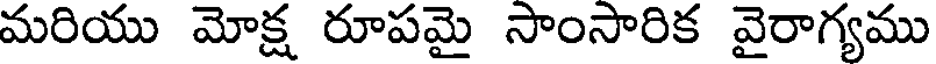
మరియు మోక్ష రూపమై సాంసారిక వైరాగ్యము